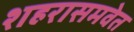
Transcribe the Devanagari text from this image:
शहरासमवेत